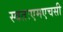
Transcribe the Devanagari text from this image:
स्वतःएमएचसी